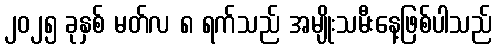
၂၀၂၅ ခုနှစ် မတ်လ ၈ ရက်သည် အမျိုးသမီးနေ့ဖြစ်ပါသည်